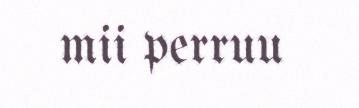
mii perruu